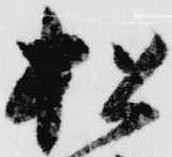
松